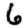
Digit: 6